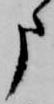
申